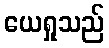
ယေရှုသည်